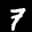
Label: 7